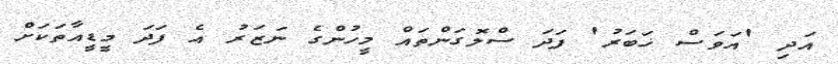
އަދި 'އަވަސް ޚަބަރު' ފަދަ ސްލޮގަންތައް މީހުންގެ ނަޒަރު އެ ފަދަ މީޑީއާތަކަށް